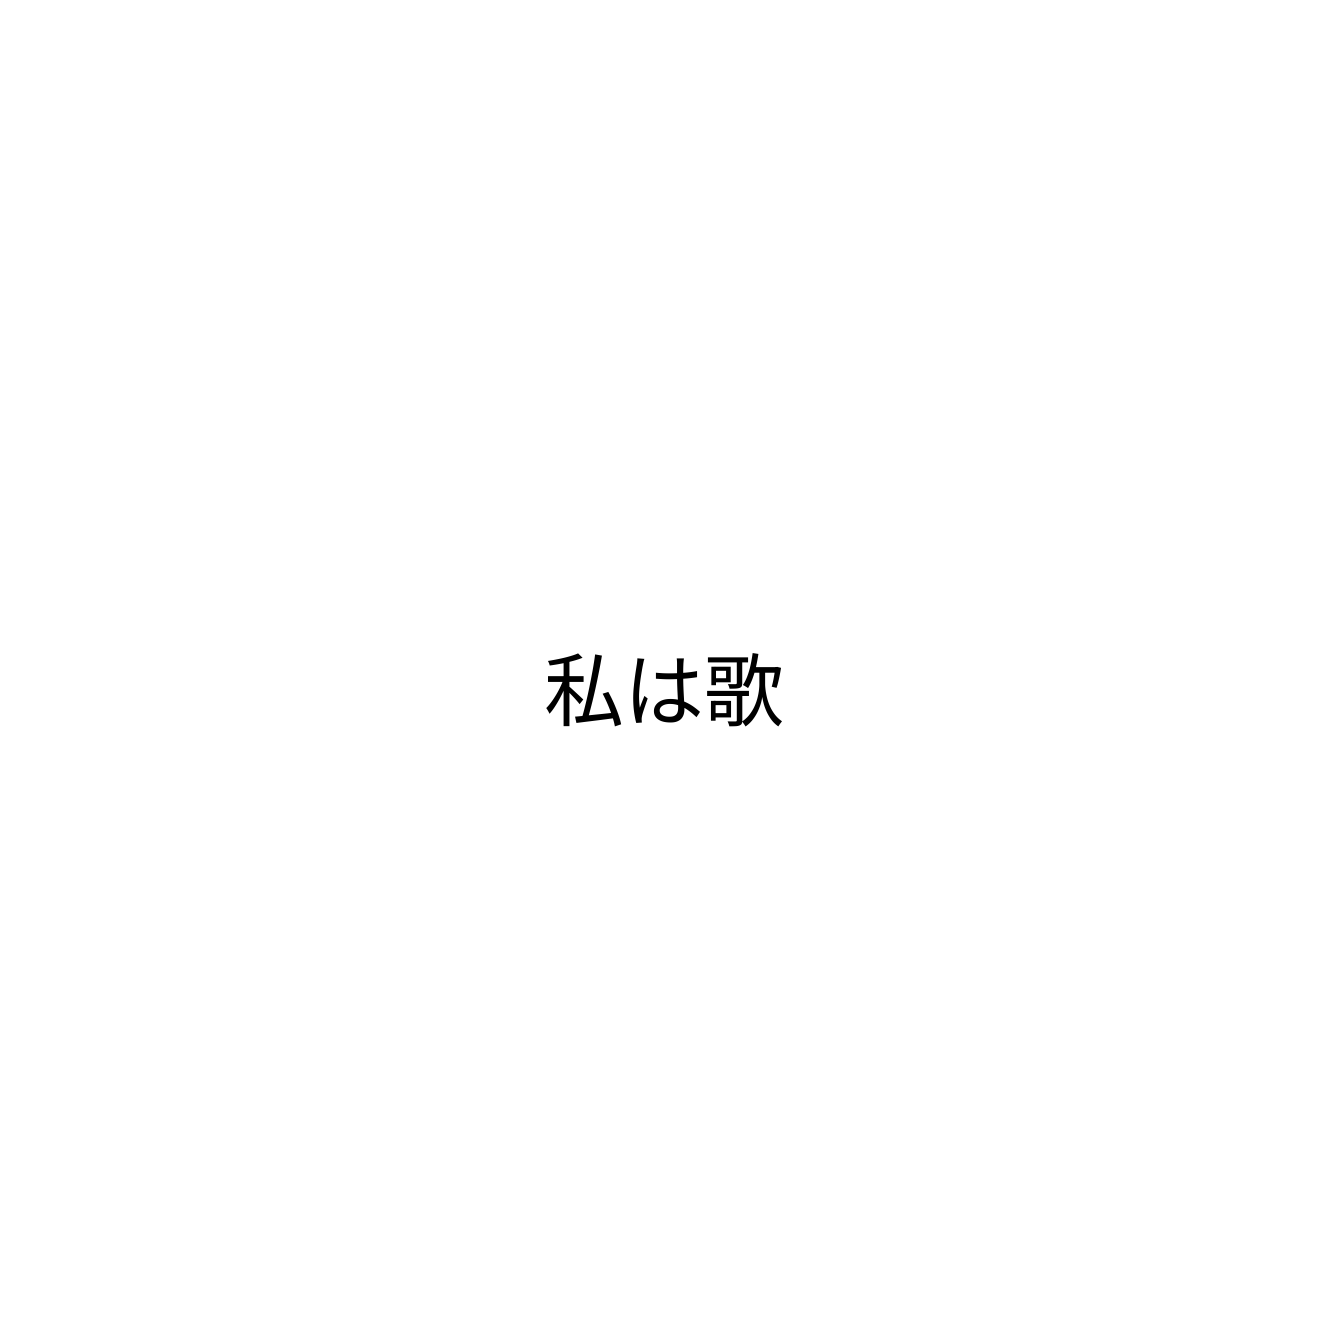
私は歌